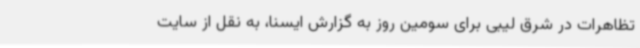
تظاهرات در شرق لیبی برای سومین روز به گزارش ایسنا، به نقل از سایت